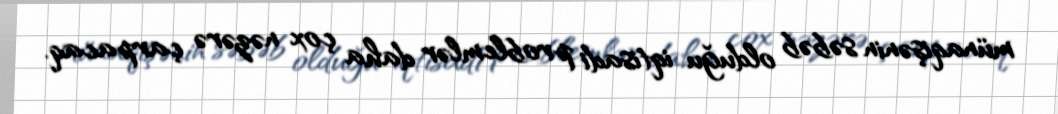
münaqişənin səbəb olduğu iqtisadi problemlər daha çox nəzərə çarpacaq.